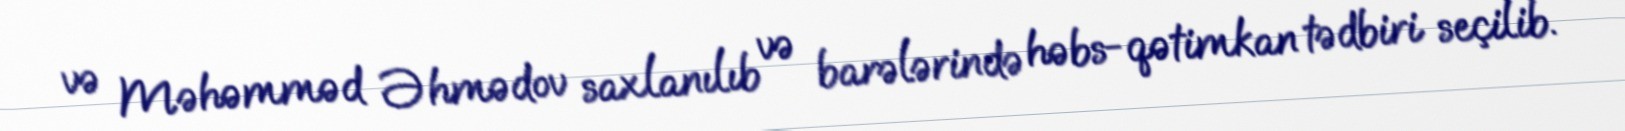
və Məhəmməd Əhmədov saxlanılıb və barələrində həbs-qətimkan tədbiri seçilib.